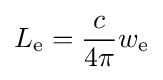
L_{\mathrm {e} }={\frac {c}{4\pi }}w_{\mathrm {e} }